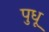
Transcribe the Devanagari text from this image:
पुधू